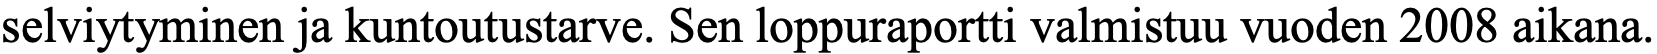
selviytyminen ja kuntoutustarve. Sen loppuraportti valmistuu vuoden 2008 aikana.